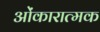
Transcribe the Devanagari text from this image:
ओंकारात्मक